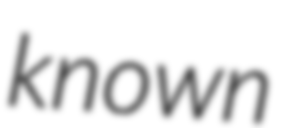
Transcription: known